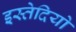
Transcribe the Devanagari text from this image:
इस्तेदियो